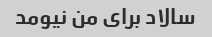
سالاد برای من نیومد